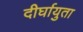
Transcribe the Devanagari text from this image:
दीर्घायुता